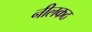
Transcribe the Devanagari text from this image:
नीलकठ